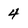
Character: 4